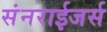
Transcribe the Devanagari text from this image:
संनराईजर्स